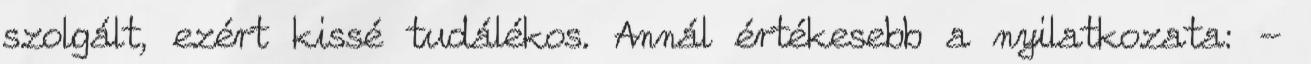
szolgált, ezért kissé tudálékos. Annál értékesebb a nyilatkozata: -